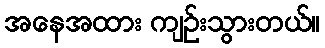
အနေအထား ကျဉ်းသွားတယ်။